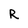
Character: R